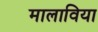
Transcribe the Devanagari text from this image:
मालाविया